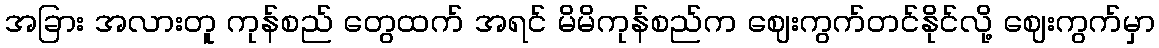
အခြား အလားတူ ကုန်စည် တွေထက် အရင် မိမိကုန်စည်က ဈေးကွက်တင်နိုင်လို့ ဈေးကွက်မှာ